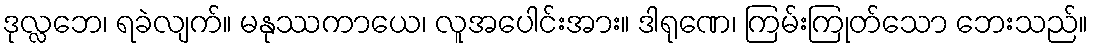
ဒုလ္လဘေ၊ ရခဲလျက်။ မနုဿကာယေ၊ လူအပေါင်းအား။ ဒါရုဏေ၊ ကြမ်းကြုတ်သော ဘေးသည်။